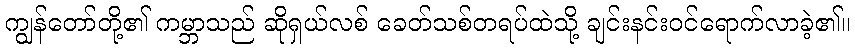
ကျွန်တော်တို့၏ ကမ္ဘာသည် ဆိုရှယ်လစ် ခေတ်သစ်တရပ်ထဲသို့ ချင်းနင်းဝင်ရောက်လာခဲ့၏။